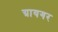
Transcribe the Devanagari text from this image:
ग्रायगर